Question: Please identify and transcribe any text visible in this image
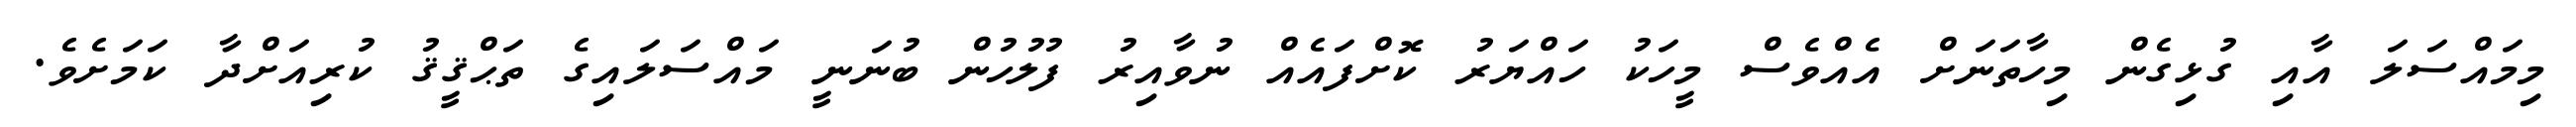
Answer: މިމައްސަލަ އާއި ގުޅިގެން މިހާތަނަށް އެއްވެސް މީހަކު ހައްޔަރު ކޮށްފައެއް ނުވާއިރު ފުލުހުން ބުނަނީ މައްސަލައިގެ ތަޙްޤީޤު ކުރިއަށްދާ ކަމަށެވެ.